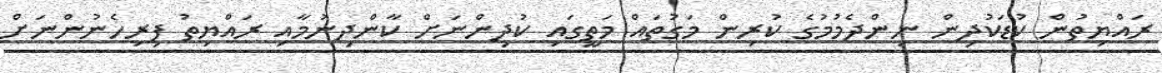
ރައްޔިތުން ކުޑަކުދިން ނިންދެމުމުގެ ކުރިން މަގުތައް މަތީގައި ކުދިންނަށް ކާންދިނުމާއި ރައްޔިތު ފިރިހެނުންނަށް